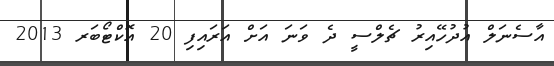
އާސެނަލް އުދުހޭއިރު ޗެލްސީ ދެ ވަނަ އަށް އަރައިފި 20 އޮކްޓޯބަރ 2013